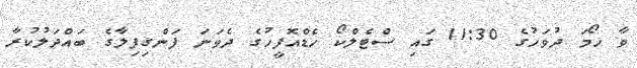
ވާ ހޯމަ ދުވަހުގެ 11:30 ގައި ސްޓެލްކޯ ހެޑްއޮފީހުގެ ދެވަނަ ފަންގިފިލާގެ ބައްދަލުކުރާ